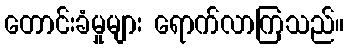
တောင်းခံမှုများ ရောက်လာကြသည်။